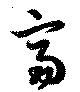
富